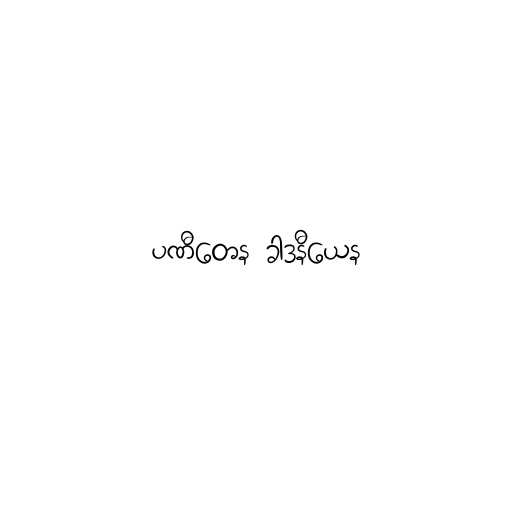
ပဏီတေန ခါဒနီယေန